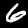
Digit: 6